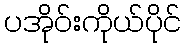
ပအိုဝ်းကိုယ်ပိုင်